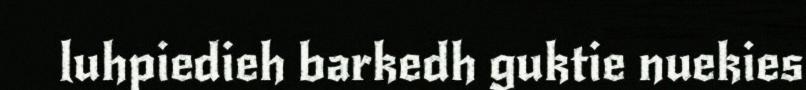
luhpiedieh barkedh guktie nuekies